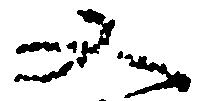
又